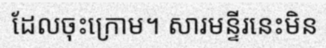
ដែលចុះក្រោម។ សារមន្ទីរនេះមិន